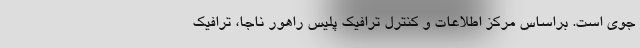
جوی است. براساس مرکز اطلاعات و کنترل ترافیک پلیس راهور ناجا، ترافیک